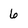
Character: 6